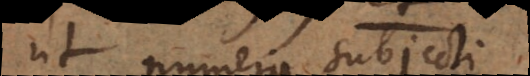
et numerus subjecti